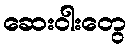
ဆေးဝါးတွေ